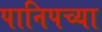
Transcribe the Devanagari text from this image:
पानिपच्या